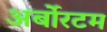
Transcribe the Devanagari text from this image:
अर्बोरटम